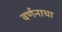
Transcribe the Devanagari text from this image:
वर्णनाचा